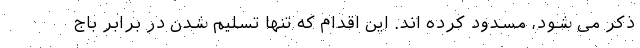
ذکر می شود، مسدود کرده اند. این اقدام که تنها تسلیم شدن در برابر باج